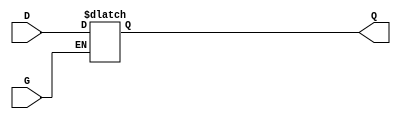
module async_gated_latch (
    input wire D,     // Data Input
    input wire G,     // Gate/Enable Signal
    output reg Q      // Stored Output
);

    always @* begin
        if (G) begin
            Q = D;    // When G is high, Q follows D
        end
        // When G is low, Q retains its last value (default behavior of reg)
    end

endmodule